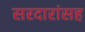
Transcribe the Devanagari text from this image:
सरदारांसह